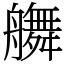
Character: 䒉